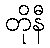
တိုနီ